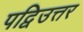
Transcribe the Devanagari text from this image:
पद्विउत्तर